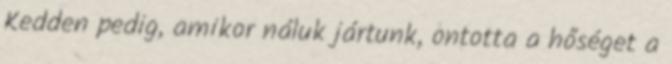
Kedden pedig, amikor náluk jártunk, ontotta a hőséget a